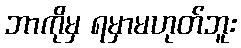
ဘာကိုမှ ရမှာမဟုတ်ဘူး